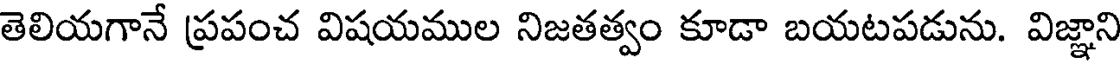
తెలియగానే ప్రపంచ విషయముల నిజతత్వం కూడా బయటపడును. విజ్ఞాని